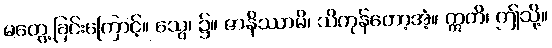
မတွေ့ခြင်းကြောင့်။ သွေ၊ ၌။ ဇာနိဿာမိ၊ သိကုန်တော့အံ့။ ဣတိ၊ ဤသို့။